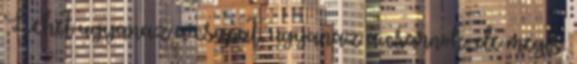
Lehet ugyanaz a csapat, ugyanaz a csarnok, de mégis.